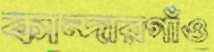
কান্দারগাঁও